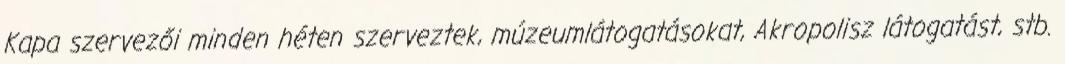
Kapa szervezői minden héten szerveztek, múzeumlátogatásokat, Akropolisz látogatást, stb.